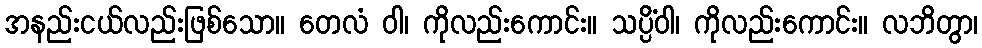
အနည်းငယ်လည်းဖြစ်သော။ တေလံ ဝါ၊ ကိုလည်းကောင်း။ သပ္ပိံဝါ၊ ကိုလည်းကောင်း။ လဘိတွာ၊